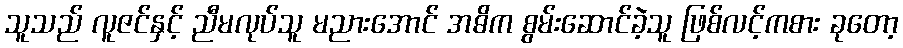
သူသည် လူဇင်နှင့် ညီမလုပ်သူ မညားအောင် အဓိက စွမ်းဆောင်ခဲ့သူ ဖြစ်လင့်ကစား ခုတော့